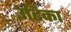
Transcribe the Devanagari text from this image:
उटिका